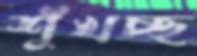
শুঁখচ্ছ